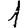
Digit: 1